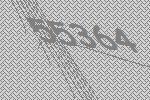
55364